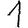
Digit: 1